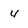
Character: 4